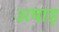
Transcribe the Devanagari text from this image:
अषाड़